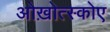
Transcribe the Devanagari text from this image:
ओख़ोत्स्कोए